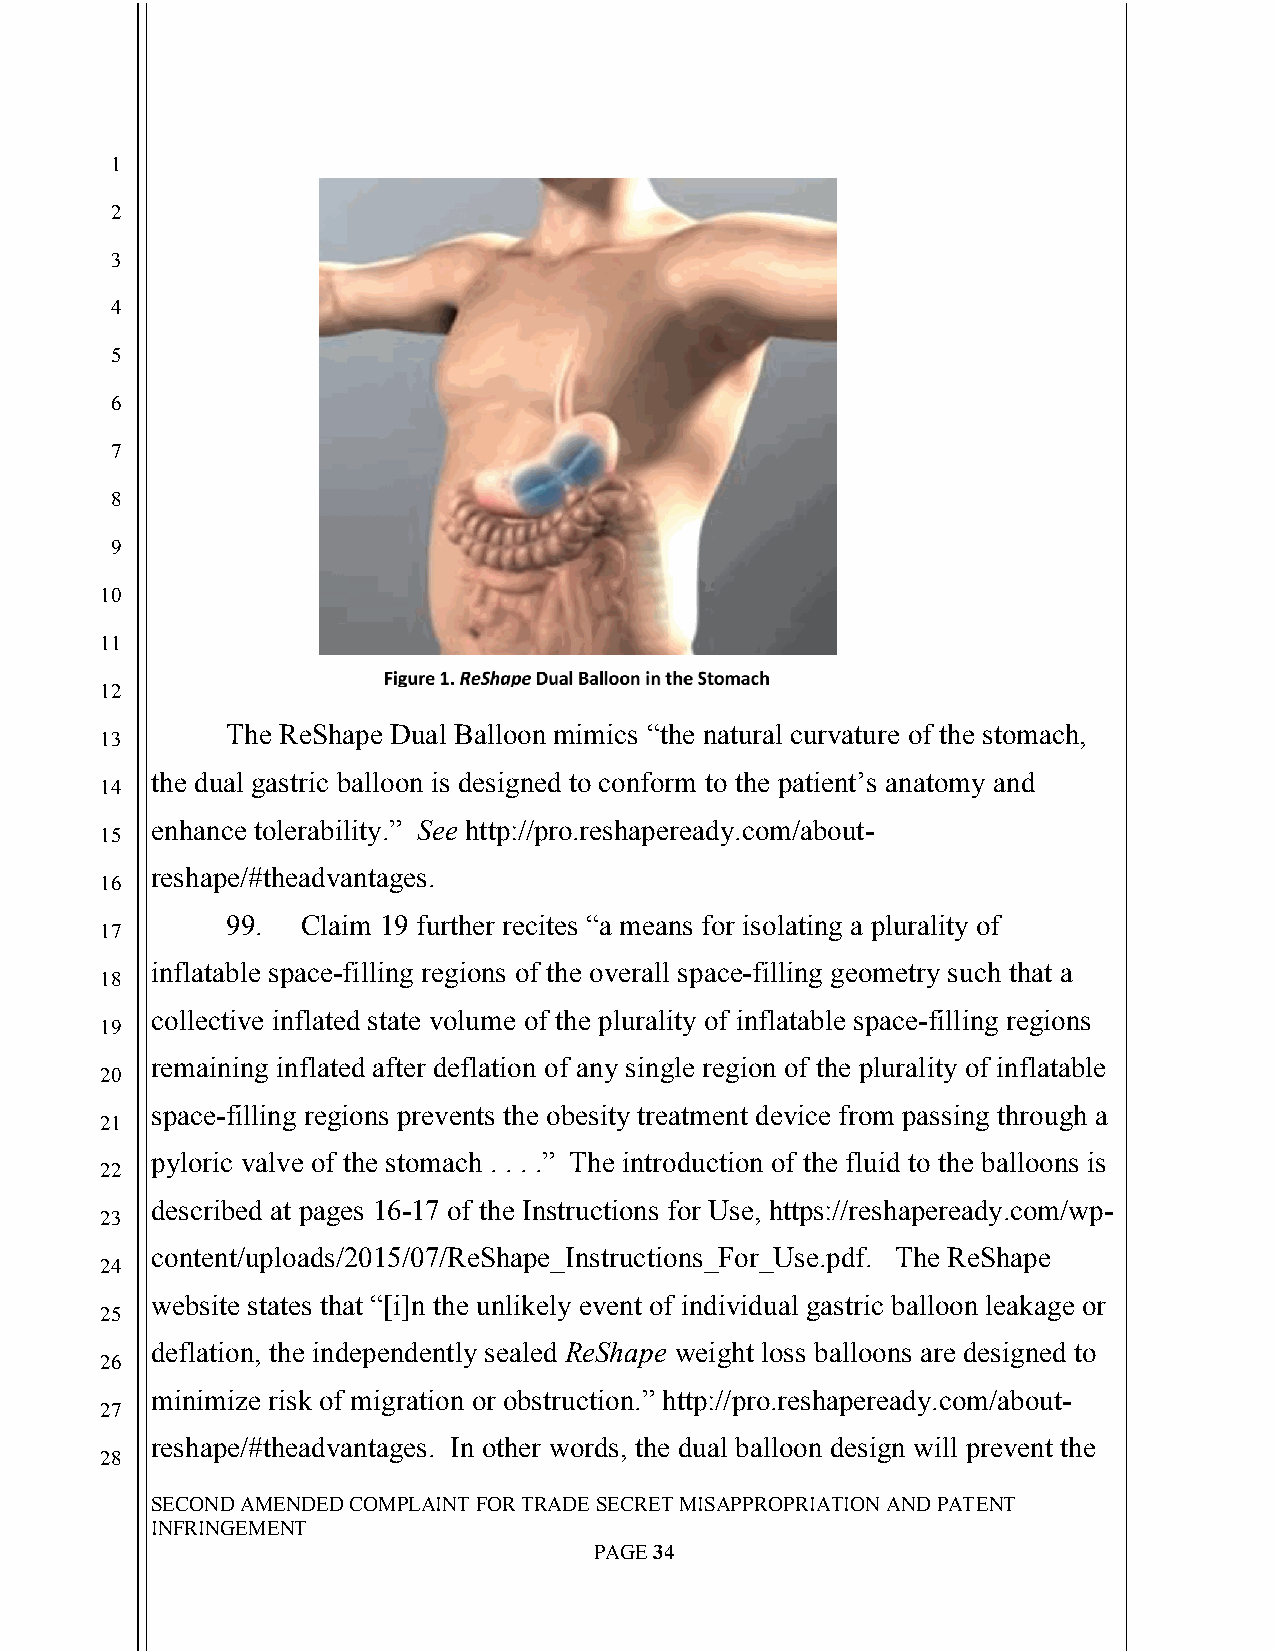
`
 1
 2
 3
 4
 5
 6
 7
 8
 9
 10
 11
 12
 The ReShape Dual Balloon mimics “the natural curvature of the stomach,
 13
 the dual gastric balloon is designed to conform to the patient’s anatomy and
 14
 enhance tolerability.” See http://pro.reshapeready.com/about-
 15
 reshape/#theadvantages.
 16
 99.  Claim 19 further recites “a means for isolating a plurality of
 17
 inflatable space-filling regions of the overall space-filling geometry such that a
 18
 collective inflated state volume of the plurality of inflatable space-filling regions
 19
 remaining inflated after deflation of any single region of the plurality of inflatable
 20
 space-filling regions prevents the obesity treatment device from passing through a
 21
 pyloric valve of the stomach . . . .” The introduction of the fluid to the balloons is
 22
 described at pages 16-17 of the Instructions for Use, https://reshapeready.com/wp-
 23
 content/uploads/2015/07/ReShape_Instructions_For_Use.pdf. The ReShape
 24
 website states that “[i]n the unlikely event of individual gastric balloon leakage or
 25
 deflation, the independently sealed ReShape weight loss balloons are designed to
 26
 minimize risk of migration or obstruction.” http://pro.reshapeready.com/about-
 27
 reshape/#theadvantages. In other words, the dual balloon design will prevent the
 28
 SECOND AMENDED COMPLAINT FOR TRADE SECRET MISAPPROPRIATION AND PATENT
 INFRINGEMENT
 PAGE 34